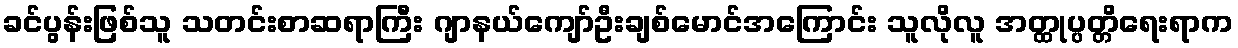
ခင်ပွန်းဖြစ်သူ သတင်းစာဆရာကြီး ဂျာနယ်ကျော်ဦးချစ်မောင်အကြောင်း သူလိုလူ အတ္ထုပ္ပတ္တိရေးရာက